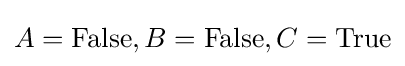
A=\mathrm {False} ,B=\mathrm {False} ,C=\mathrm {True}